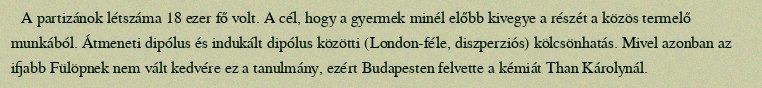
A partizánok létszáma 18 ezer fő volt. A cél, hogy a gyermek minél előbb kivegye a részét a közös termelő munkából. Átmeneti dipólus és indukált dipólus közötti (London-féle, diszperziós) kölcsönhatás. Mivel azonban az ifjabb Fülöpnek nem vált kedvére ez a tanulmány, ezért Budapesten felvette a kémiát Than Károlynál.